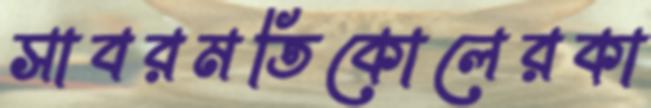
সাবরমতিকোলেরকা